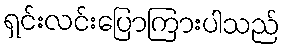
ရှင်းလင်းပြောကြားပါသည်